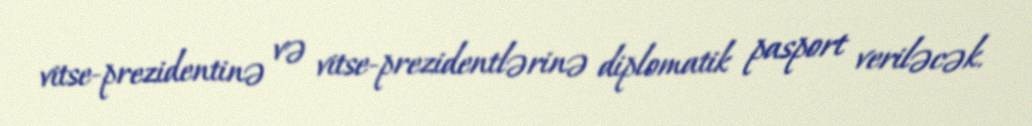
vitse-prezidentinə və vitse-prezidentlərinə diplomatik pasport veriləcək.